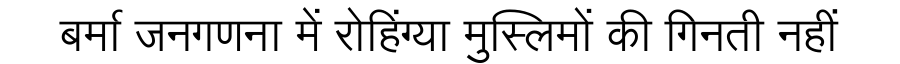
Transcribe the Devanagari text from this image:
बर्मा जनगणना में रोहिंग्या मुस्लिमों की गिनती नहीं